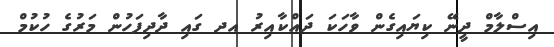
އިސްލާމް ދީނޭ ކިޔައިގެން ވާހަކަ ދައްކާއިރު އދ ގައި ދާދިފަހުން މަރުގެ ހުކުމް